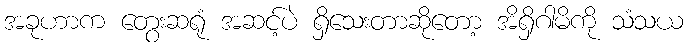
အခုဟာက တွေးဆရုံ အဆင့်ပဲ ရှိသေးတာဆိုတော့ အိရှိဂါမိကို သံသယ